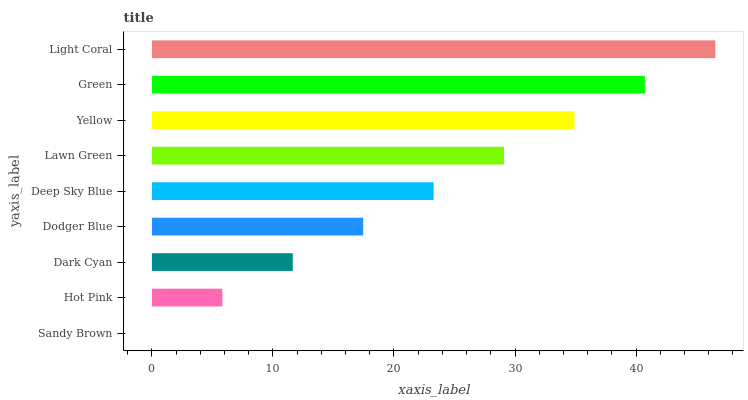
| yaxis_label | bars |
 | --- | --- |
 | Sandy Brown | 0 |
 | Hot Pink | 5.82 |
 | Dark Cyan | 11.6 |
 | Dodger Blue | 17.5 |
 | Deep Sky Blue | 23.3 |
 | Lawn Green | 29.1 |
 | Yellow | 34.9 |
 | Green | 40.7 |
 | Light Coral | 46.5 |